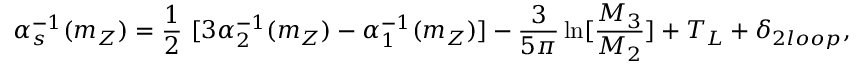
\alpha _ { s } ^ { - 1 } ( m _ { Z } ) = { \frac { 1 } { 2 } } ~ [ 3 \alpha _ { 2 } ^ { - 1 } ( m _ { Z } ) - \alpha _ { 1 } ^ { - 1 } ( m _ { Z } ) ] - { \frac { 3 } { 5 \pi } } \ln [ { \frac { M _ { 3 } } { M _ { 2 } } } ] + T _ { L } + \delta _ { 2 l o o p } ,